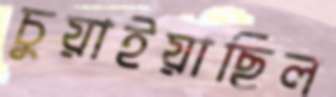
চুয়াইয়াছিল